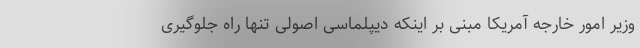
وزیر امور خارجه آمریکا مبنی بر اینکه دیپلماسی اصولی تنها راه جلوگیری